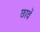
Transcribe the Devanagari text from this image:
छावें